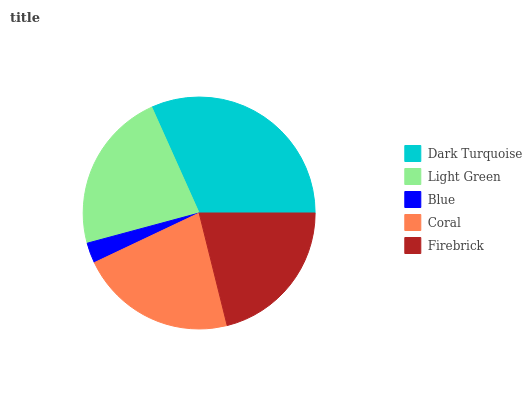
| Dark Turquoise | Light Green | Blue | Coral | Firebrick |
 | --- | --- | --- | --- | --- |
 | 31.7% | 22.5% | 2.85% | 21.8% | 21.2% |